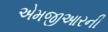
એમજીઆરની